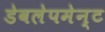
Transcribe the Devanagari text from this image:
डेवलेपमेन्ट